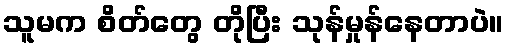
သူမက စိတ်တွေ တိုပြီး သုန်မှုန်နေတာပဲ။